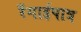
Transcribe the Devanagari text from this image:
रँगाईपात्र